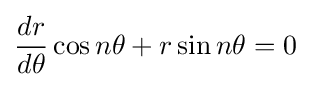
{\frac {dr}{d\theta }}\cos n\theta +r\sin n\theta =0